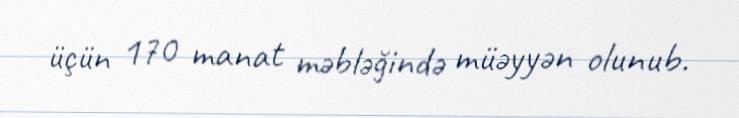
üçün 170 manat məbləğində müəyyən olunub.